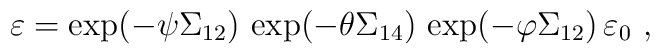
\varepsilon = \exp(-\psi\Sigma_{12}) \,  \exp(-\theta \Sigma_{14})  \,   \exp(-\varphi \Sigma_{12})\, \varepsilon_0~,